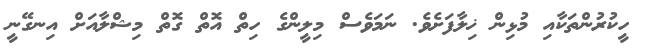
ހީކުރުންތަކާއި މުޅިން ޚިލާފަށެވެ. ނަމަވެސް މިލީންގެ ހިތް އޮތް ގޮތް މިޝްލާއަށް އިނގޭނީ